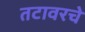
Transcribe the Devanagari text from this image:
तटावरचे